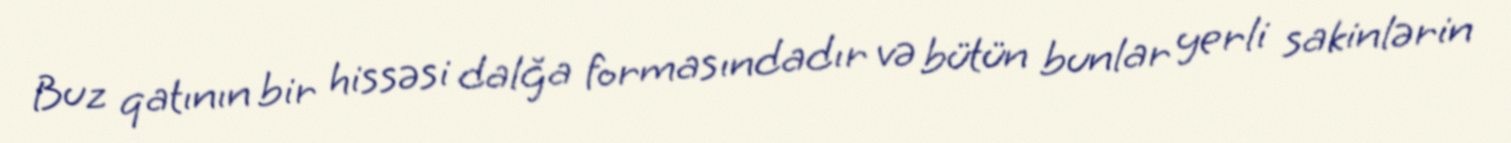
Buz qatının bir hissəsi dalğa formasındadır və bütün bunlar yerli sakinlərin